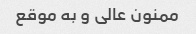
ممنون عالی و به موقع